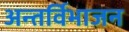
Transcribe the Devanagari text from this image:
अन्तर्विभाजन